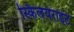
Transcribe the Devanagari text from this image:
स्किलयराइट